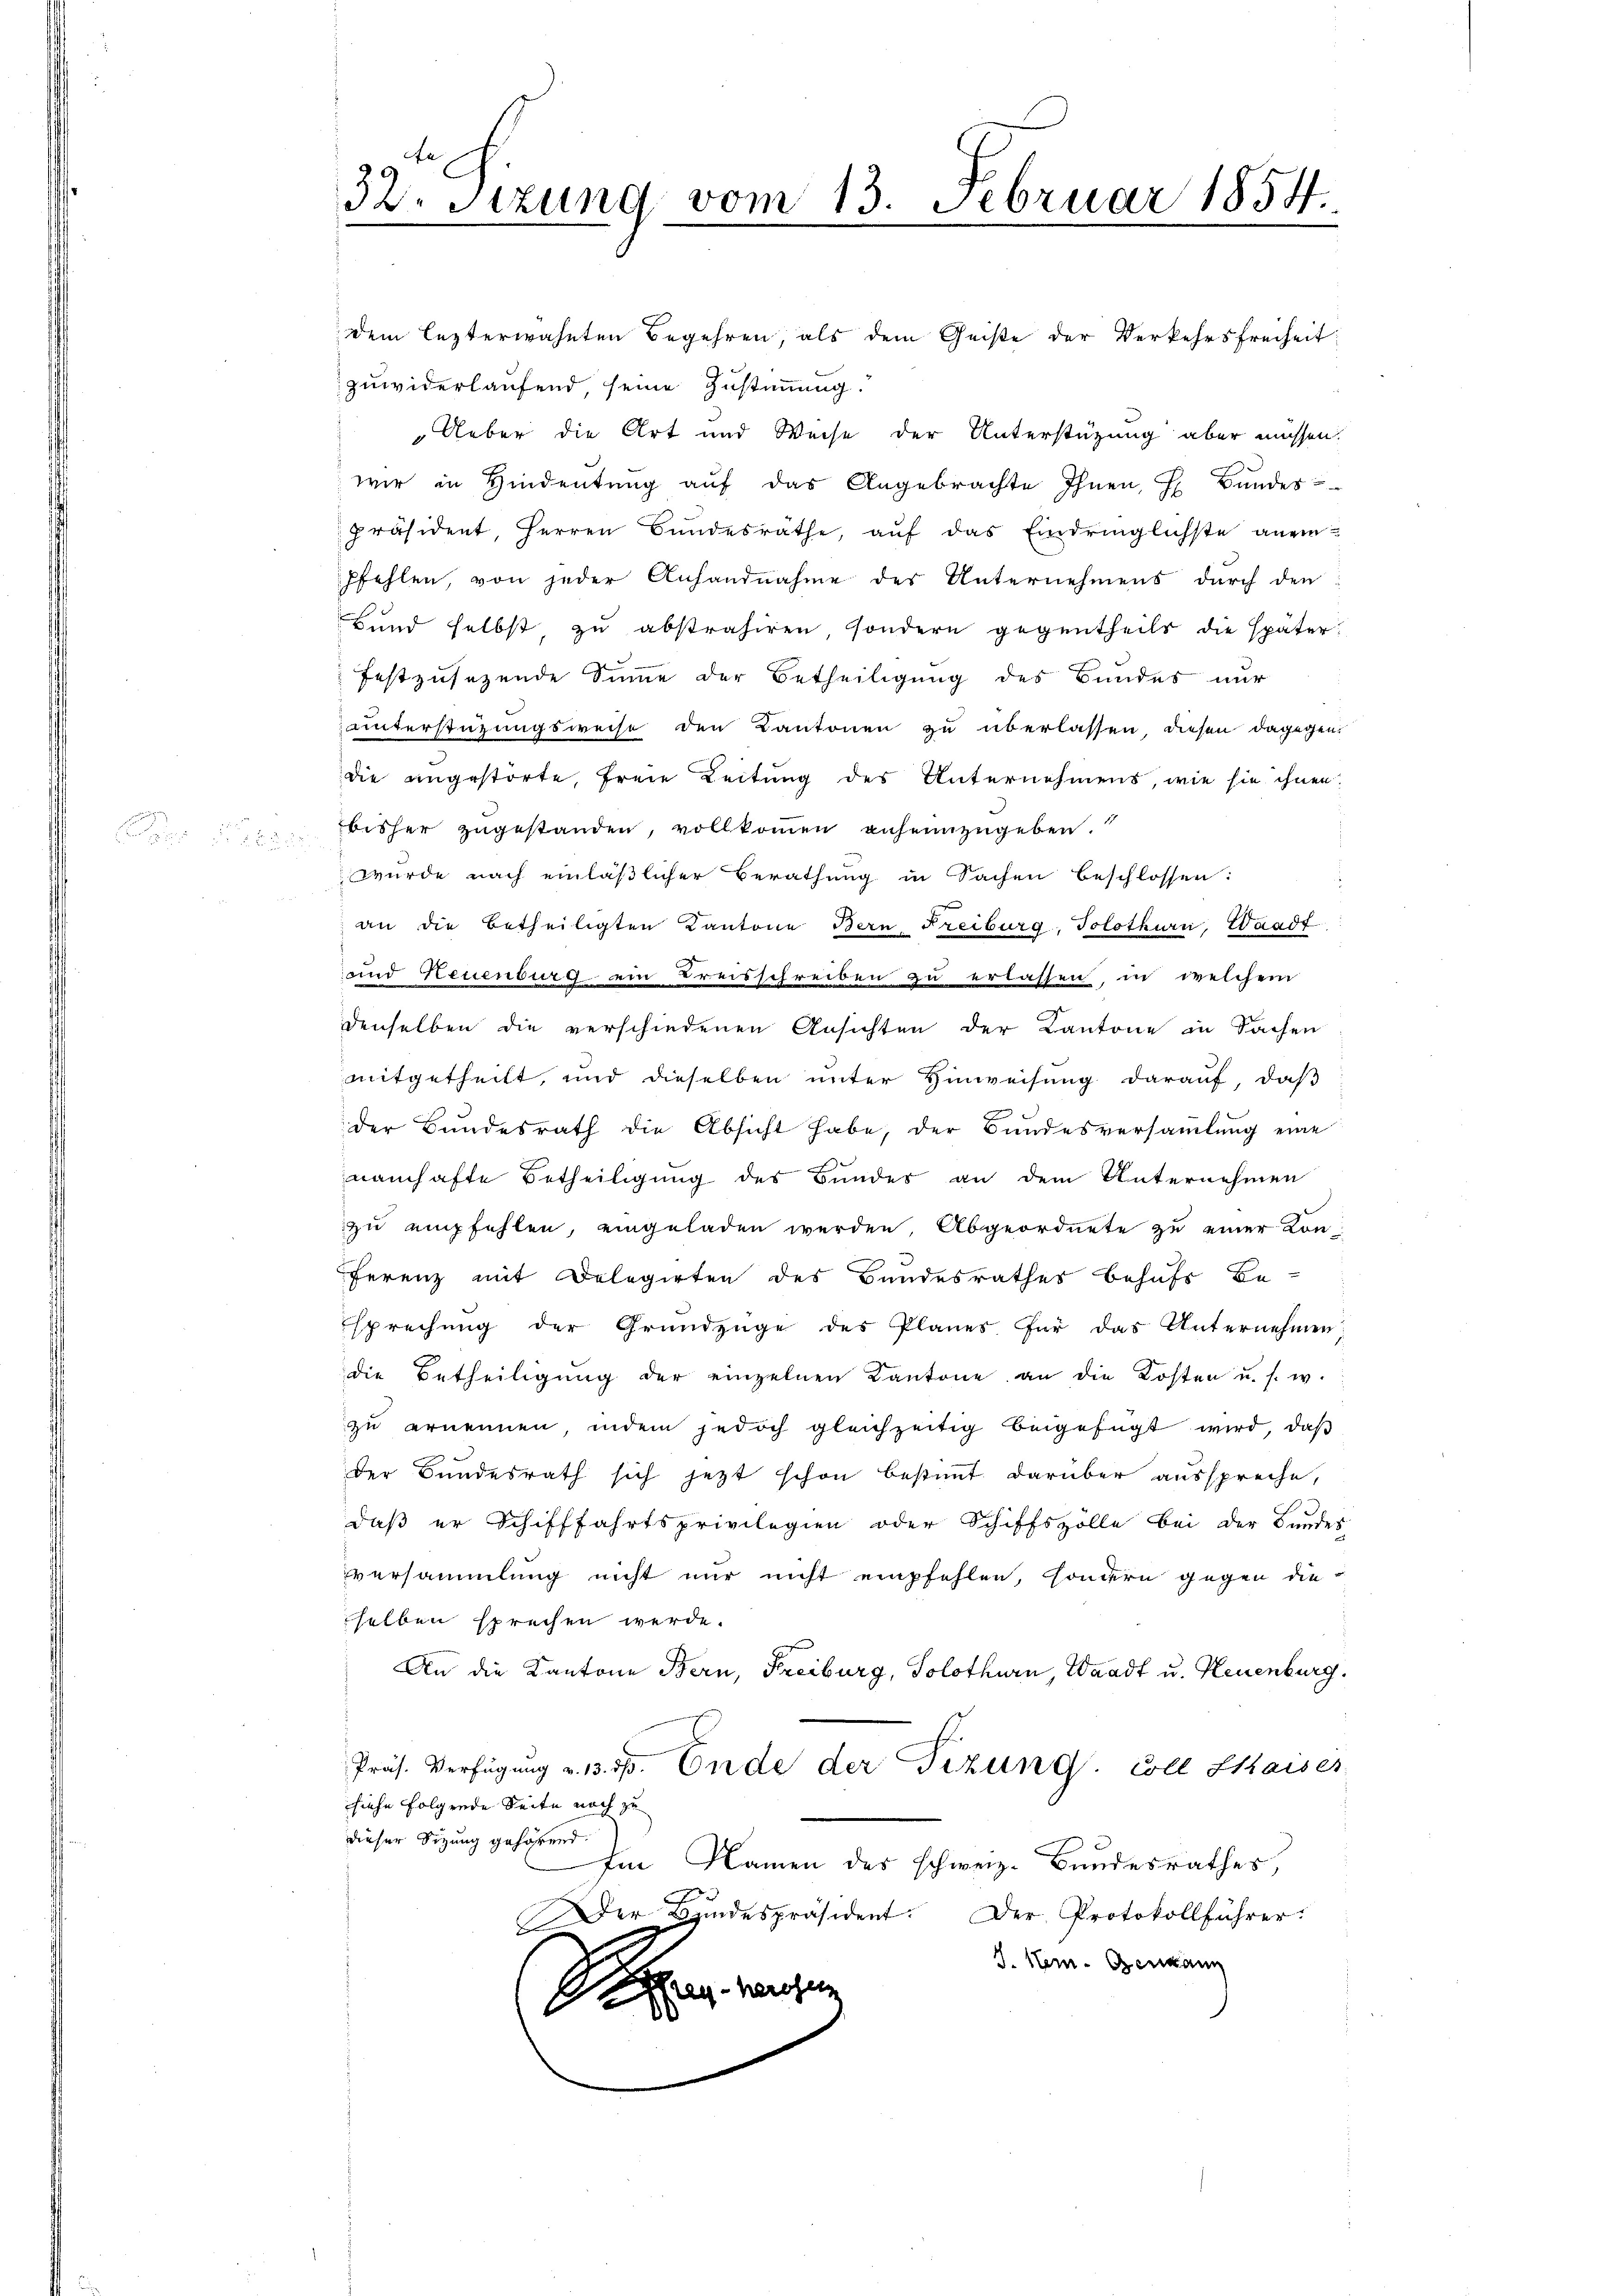
2

32. Sizung vom 13. Februar 1854.

dem lezterwähnten Begehren, als dem Geiste der Verkehrsfreiheit
zuwiderlaufend, seine Zustimmung.
Ueber die Art und Weise der Unterstützung aber müssen.
wir in Hindeutung auf das Angebrachte Ihnen, H. Bundes-
präsident, Herren Bundesräthe, auf das Eindringlichste aneinpfehlen, von jeder Anhandnahme des Unternehmens durch den
Bund selbst zu abstrahiren, sondern gegentheils die später
festzusehende Summe der Betheiligung des Bundes nur
unterstützungsweise den Kantonen zu überlassen diesen dagegen
die angestörte, freie Leitung des Unternehmens, wie sie ihnen
bisher zugestanden, vollkommen anheimzugeben.
wurde nach einläßlicher Berathung in Sachen beschlossen:
g
an die betheiligten Kantone Bern, Freiburg, Solothurn, Waadt
und Neuenburg ein Kreisschreiben zu erlassen, in welchem
denselben die verschiedenen Ansichten der Kantone in Sachen
mitgetheilt, und dieselben unter Hinweisung darauf, daß
der Bundesrath die Absicht habe, der Bundesversammlung eine
namhafte Betheiligung des Bundes an dem Unternehmen
zu empfehlen, eingeladen werden, Abgeordnete zu einer Kon¬
Ferenz mit Dolegirten des Bundesrathes behufs Be-
sprechung der Grundzüge des Planes für das Unternehmen
die Betheiligŭng der einzelnen Kantone an die Kosten u. s. w.
zu ernennen, indem jedoch gleichzeitig beigefügt wird, daß
der Bundesrath sich jetzt schon bestimmt darüber ausspreche,
daß er Schifffahrtsprivilegien oder Schiffszölle bei der Bundes
versammlung nicht nur nicht empfehlen, sondern gegen dieselben sprechen werde.
An die Kantone Bern, Freiburg, Solothurn, Waadt u. Neuenburg.
Präs. Verfügŭng u. 13. rp. Ende der Fizung. Coll Chaises
hiehe folgrede Seite noch zu
dieser Sitzung gehörend.
Im Namen des schweiz. Bundesrathes,
Der Bundespräsident. Der Protokollführer:
J. Her- Gendang
 reichen